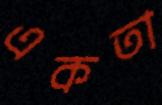
একতা